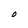
Character: O